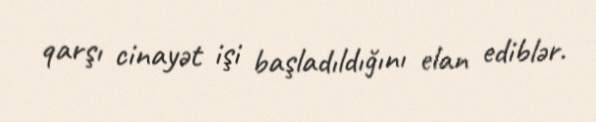
qarşı cinayət işi başladıldığını elan ediblər.